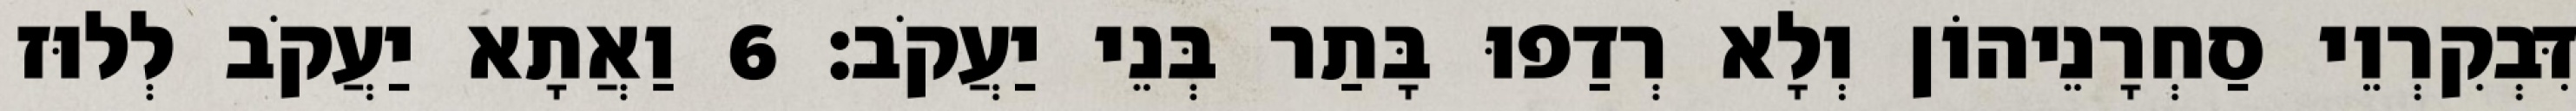
דִּבְקִרְוֵי סַחְרָנֵיהוֹן וְלָא רְדַפוּ בָּתַר בְּנֵי יַעֲקֹב׃ 6 וַאֲתָא יַעֲקֹב לְלוּז